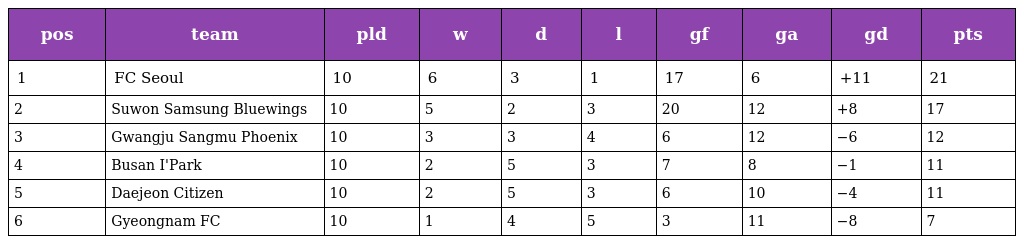
| pos | team | pld | w | d | l | gf | ga | gd | pts |
 | --- | --- | --- | --- | --- | --- | --- | --- | --- | --- |
 | 1 | FC Seoul | 10 | 6 | 3 | 1 | 17 | 6 | +11 | 21 |
 | 2 | Suwon Samsung Bluewings | 10 | 5 | 2 | 3 | 20 | 12 | +8 | 17 |
 | 3 | Gwangju Sangmu Phoenix | 10 | 3 | 3 | 4 | 6 | 12 | −6 | 12 |
 | 4 | Busan I'Park | 10 | 2 | 5 | 3 | 7 | 8 | −1 | 11 |
 | 5 | Daejeon Citizen | 10 | 2 | 5 | 3 | 6 | 10 | −4 | 11 |
 | 6 | Gyeongnam FC | 10 | 1 | 4 | 5 | 3 | 11 | −8 | 7 |